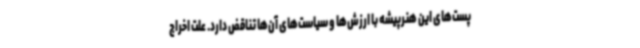
پست‌های این هنرپیشه با ارزش‌ها و سیاست‌های آن‌ها تناقض دارد. علت اخراج